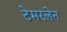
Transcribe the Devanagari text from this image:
टेमरलेन